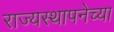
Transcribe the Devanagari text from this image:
राज्‍यस्‍थापनेच्या